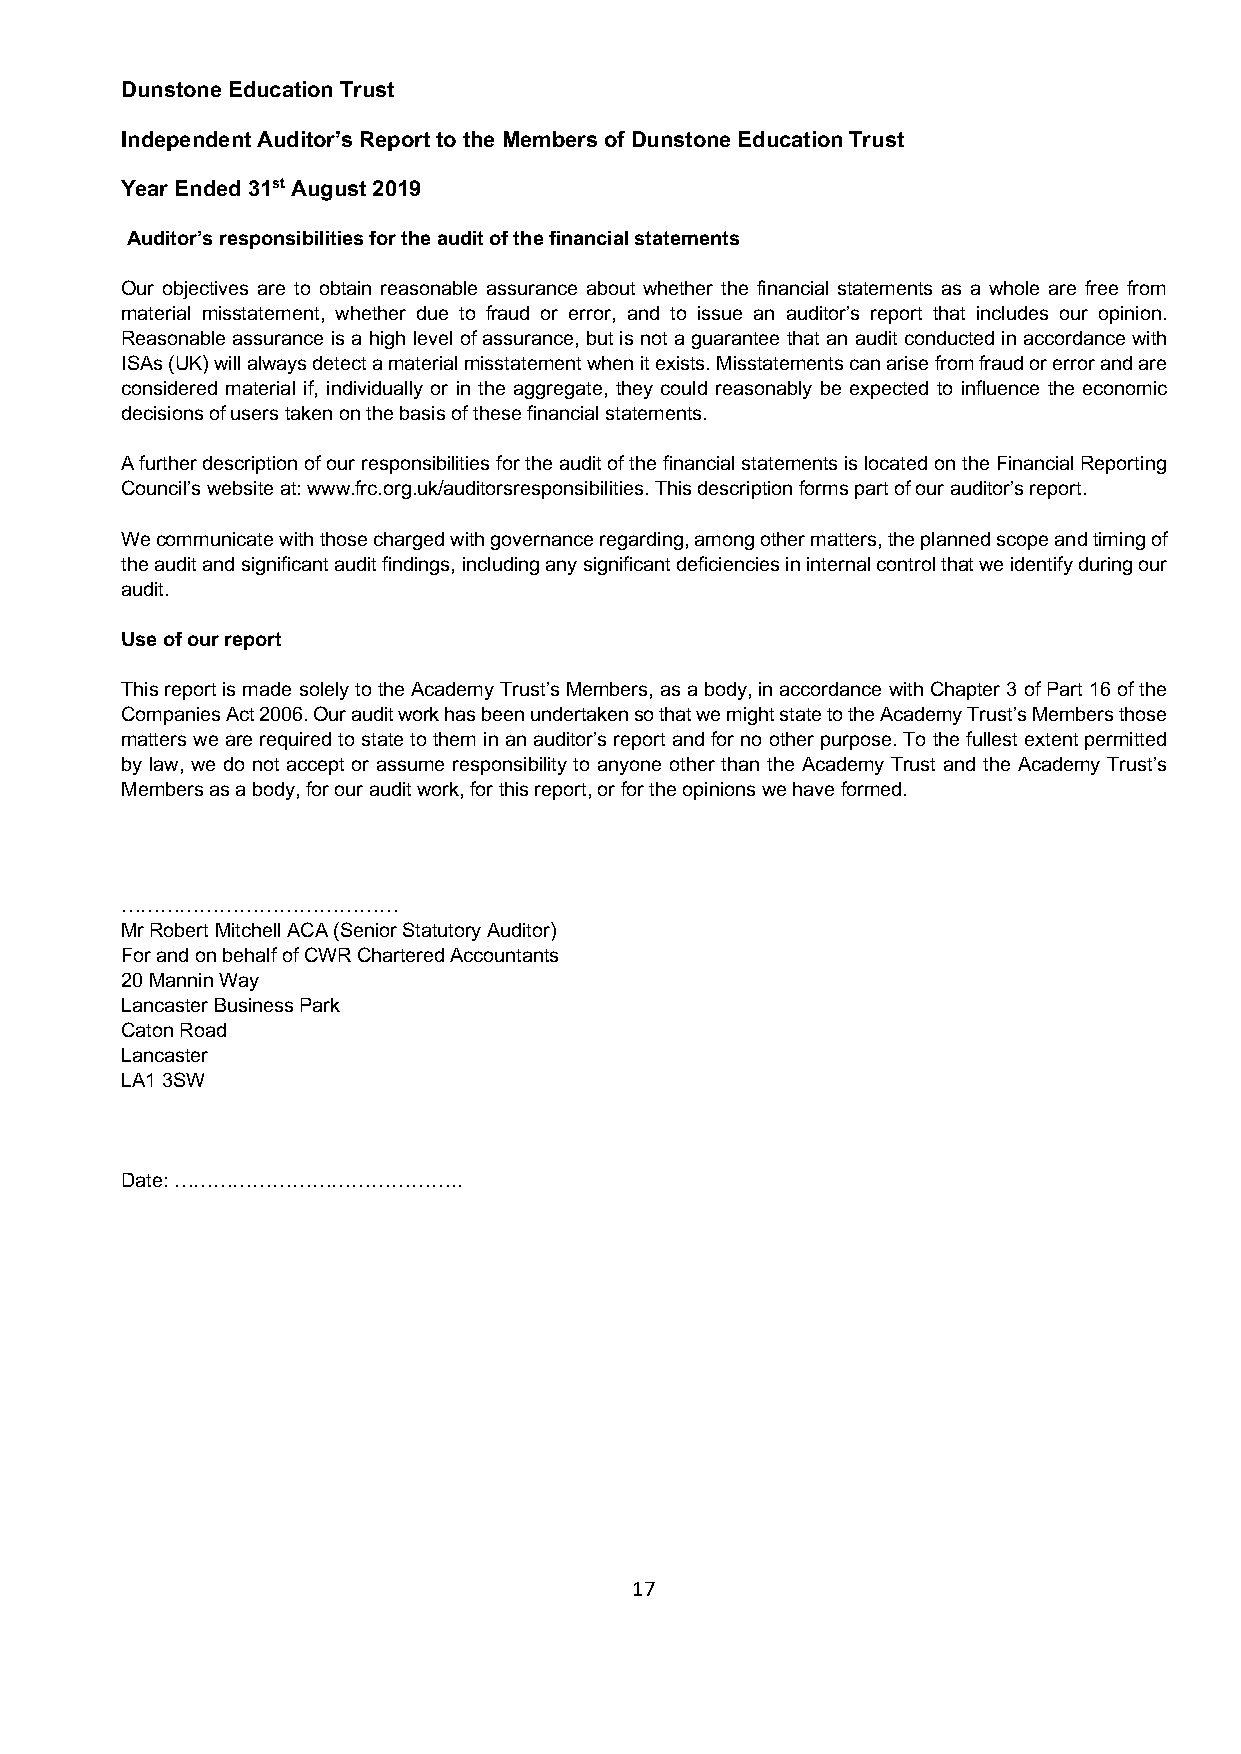
Dunstone Education Trust
 Independent Auditor’s Report to the Members of Dunstone Education Trust
 Year Ended 31st August 2019
 Auditor’s responsibilities for the audit of the financial statements
 Our objectives are to obtain reasonable assurance about whether the financial statements as a whole are free from
 material misstatement, whether due to fraud or error, and to issue an auditor’s report that includes our opinion.
 Reasonable assurance is a high level of assurance, but is not a guarantee that an audit conducted in accordance with
 ISAs (UK) will always detect a material misstatement when it exists. Misstatements can arise from fraud or error and are
 considered material if, individually or in the aggregate, they could reasonably be expected to influence the economic
 decisions of users taken on the basis of these financial statements.
 A further description of our responsibilities for the audit of the financial statements is located on the Financial Reporting
 Council’s website at: www.frc.org.uk/auditorsresponsibilities. This description forms part of our auditor’s report.
 We communicate with those charged with governance regarding, among other matters, the planned scope and timing of
 the audit and significant audit findings, including any significant deficiencies in internal control that we identify during our
 audit.
 Use of our report
 This report is made solely to the Academy Trust’s Members, as a body, in accordance with Chapter 3 of Part 16 of the
 Companies Act 2006. Our audit work has been undertaken so that we might state to the Academy Trust’s Members those
 matters we are required to state to them in an auditor’s report and for no other purpose. To the fullest extent permitted
 by law, we do not accept or assume responsibility to anyone other than the Academy Trust and the Academy Trust’s
 Members as a body, for our audit work, for this report, or for the opinions we have formed.
 ……………………………………
 Mr Robert Mitchell ACA (Senior Statutory Auditor)
 For and on behalf of CWR Chartered Accountants
 20 Mannin Way
 Lancaster Business Park
 Caton Road
 Lancaster
 LA1 3SW
 Date: ……………………………………..
 17